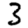
Digit: 3